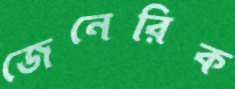
জেনেরিক